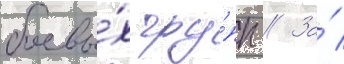
боевы́х гру́пп // За́